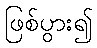
ဖြစ်ပွား၍